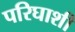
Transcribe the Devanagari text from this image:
परिघाशी